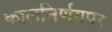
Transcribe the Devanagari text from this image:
कालनिर्णयपर